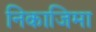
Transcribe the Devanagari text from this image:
निकाजिमा